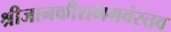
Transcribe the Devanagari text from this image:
श्रीजानकीशभगवंस्तव